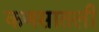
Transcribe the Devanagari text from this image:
कणसातली